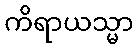
ကိရာယသ္မာ